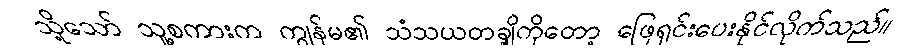
သို့သော် သူ့စကားက ကျွန်မ၏ သံသယတချို့ကိုတော့ ဖြေရှင်းပေးနိုင်လိုက်သည်။